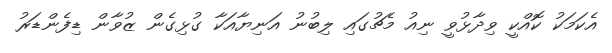
އެކަމަކު ކޮއްކީ ވިދާޅުވީ ނިއު މެޗުގައި ލިބުނު އަނިޔާއަކާ ގުޅިގެން ޒުވާން ޑިފެންޑަރު